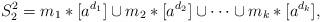
LaTeX: \begin{align*}S_2^2=m_1*[a^{d_1}]\cup m_2*[a^{d_2}]\cup\cdots\cup m_k*[a^{d_k}],\end{align*}